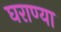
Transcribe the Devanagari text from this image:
घराण्या